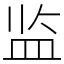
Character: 监